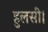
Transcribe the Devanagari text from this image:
हुलसी।